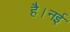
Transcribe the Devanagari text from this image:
है।नई